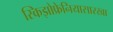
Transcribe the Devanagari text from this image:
स्किझोफ्रेनियासारखा